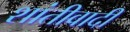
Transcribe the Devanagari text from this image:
शांतीवादी